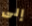
إلى